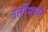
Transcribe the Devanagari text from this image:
उतींमध्ये